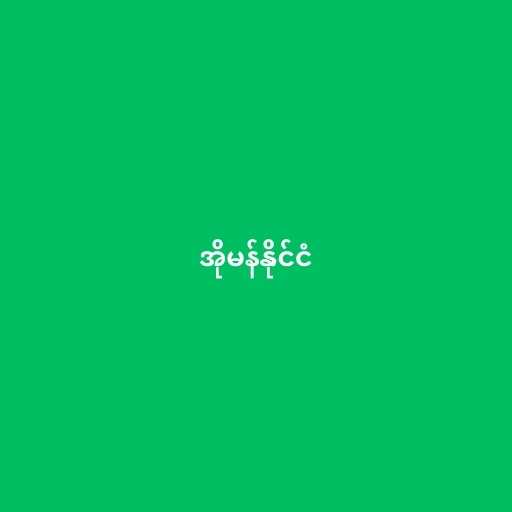
အိုမန်နိုင်ငံ